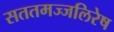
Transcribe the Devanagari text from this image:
सततमज्जलिरेष